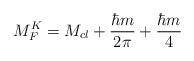
LaTeX: \begin{align*}M_{F}^{K}=M_{cl}+\frac{\hbar m}{2\pi }+\frac{\hbar m}{4}\end{align*}